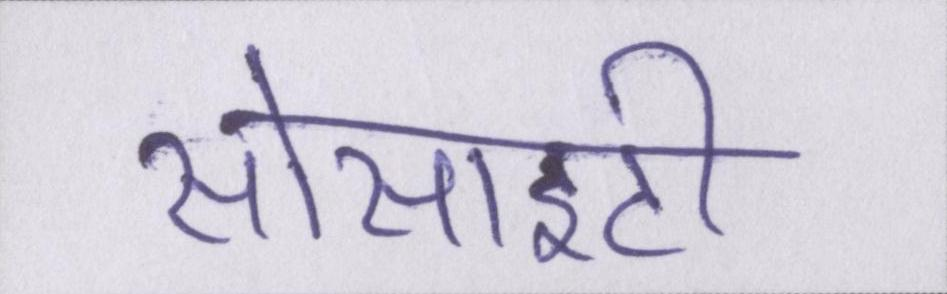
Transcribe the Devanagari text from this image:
सोसाइटी